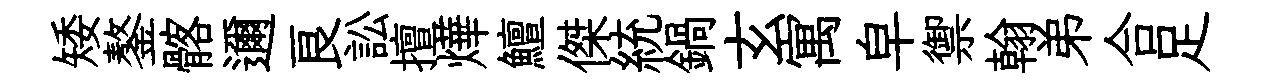
矮鏊髂邇良訟擅燁鱣傑統鍋玄寓皁禦翰弟合足